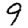
Digit: 9